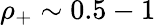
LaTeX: \rho_{+}\sim 0.5-1